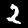
Digit: 2